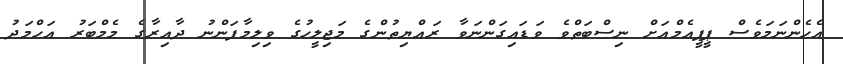
އެހެންނަމަވެސް ޕީޕީއެމްއަށް ނިސްބަތްވެ ވަޑައިގަންނަވާ ރައްޔިތުންގެ މަޖިލީހުގެ ވިލިމާފަންނު ދާއިރާގެ މެމްބަރު އަހްމަދު